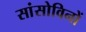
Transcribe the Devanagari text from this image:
सांसोविनों